Report on the bubonic plague in Bombay, 1896-1897
Year: 1896
Disease focus: Plague
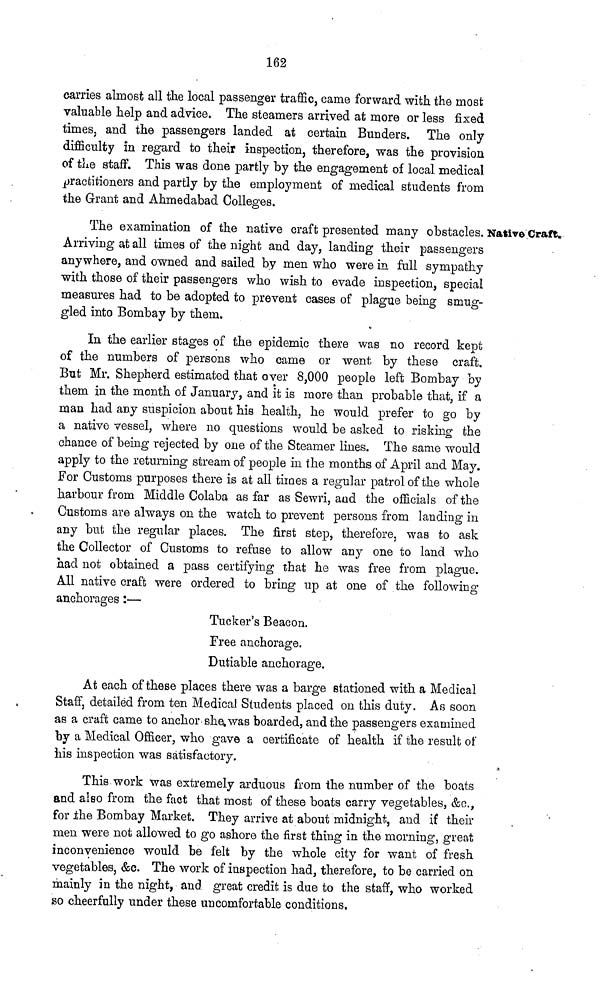
162
carries almost all the local passenger traffic, came forward with the most
valuable help and advice. The steamers arrived at more or less fixed
times, and the passengers landed at certain Bunders. The only
difficulty in regard to their inspection, therefore, was the provision
of the staff. This was done partly by the engagement of local medical
practitioners and partly by the employment of medical students from
the Grant and Ahmedabad Colleges.
NativeCraftc
The examination of the native craft presented many obstacles.
Arriving at all times of the night and day, landing their passengers
anywhere, and owned and sailed by men who were in full sympathy
with those of their passengers who wish to evade inspection, special
measures had to be adopted to prevent cases of plague being smug-
gled into Bombay by them.
In the earlier stages of the epidemic there was no record kept
of the numbers of persons who came or went by these craft.
But Mr. Shepherd estimated that over 8,000 people left Bombay by
them in the month of January, and it is more than probable that, if a
man had any suspicion about his health, he would prefer to go by
a native vessel, where no questions would be asked to risking the
chance of being rejected by one of the Steamer lines. The same would
apply to the returning stream of people in the months of April and May.
For Customs purposes there is at all tirnes a regular patrol of the whole
harbour from Middle Colaba as far as Sewri, and the officials of the
Customs are always on the watch to prevent persons from landing in
any but the regular places. The first step, therefore, was to ask
the Collector of Customs to refuse to allow any one to land who
had not obtained a pass certifying that he was free from plague.
All native craft were ordered to bring up at one of the following
anchorages :—
Tucker's Beacon.
Free anchorage.
Dutiable anchorage.
At each of these places there was a barge stationed with a Medical
Staff, detailed from ten Medical Students placed on this duty. As soon
as a craft came to anchor she was boarded, and the passengers examined
by a Medical Officer, who gave a certificate of health if the result of
his inspection was satisfactory.
This work was extremely arduous from the number of the boats
and also from the fact that most of these boats carry vegetables, &c.,
for ¿he Bombay Market, They arrive at about midnight, and if their
men were not allowed to go ashore the first thing in the morning, great
inconvenience would be felt by the whole city for want of fresh
vegetables, &c. The work of inspection had, therefore, to be carried on
mainly in the night, and great credit is due to the staff, who worked
so cheerfully under these uncomfortable conditions.